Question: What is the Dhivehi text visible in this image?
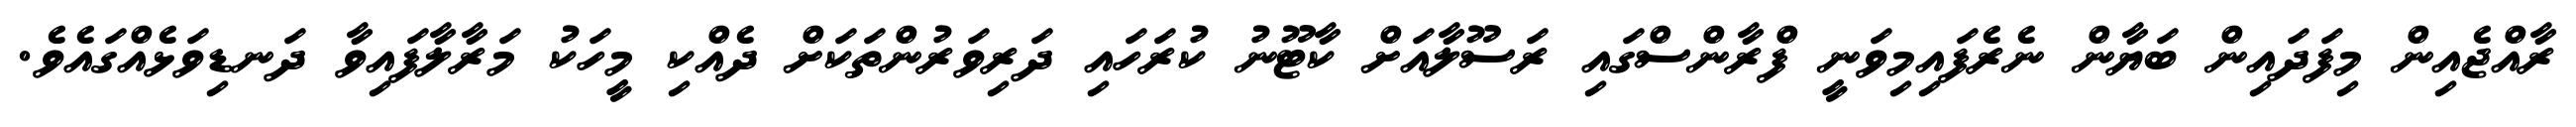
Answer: ރާއްޖެއިން މިފަދައިން ބަޔާން ނެރެފައިމިވަނީ ފްރާންސްގައި ރަސޫލާއަށް ކާޓޫނު ކުރަހައި ދަރިވަރުންތަކަށް ދެއްކި މީހަކު މަރާލާފައިވާ ދަނޑިވަޅެއްގައެވެ.